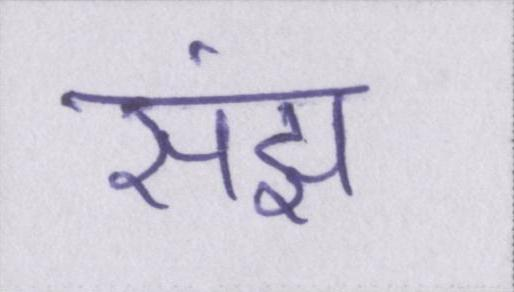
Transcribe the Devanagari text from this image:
संझ